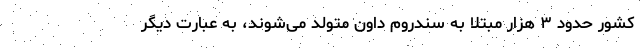
کشور حدود ۳ هزار مبتلا به سندروم داون متولد می‌شوند، به عبارت دیگر